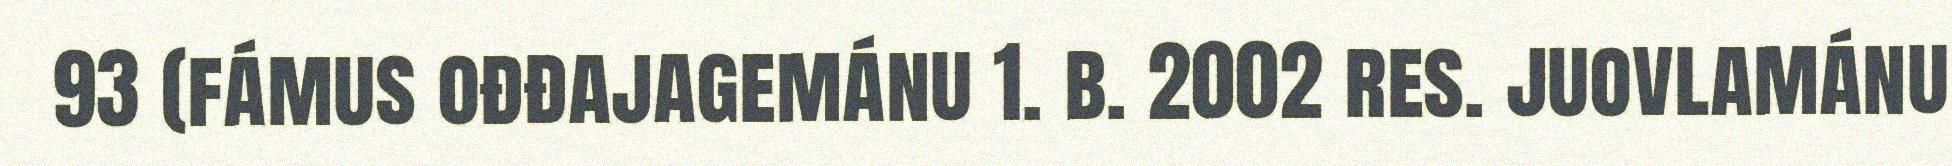
93 (fámus ođđajagemánu 1. b. 2002 res. juovlamánu